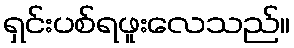
ရှင်းပစ်ရဖူးလေသည်။